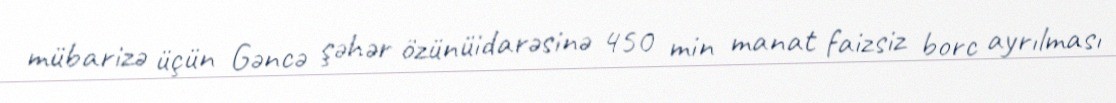
mübarizə üçün Gəncə şəhər özünüidarəsinə 450 min manat faizsiz borc ayrılması